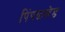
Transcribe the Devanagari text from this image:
पिंपळखेड